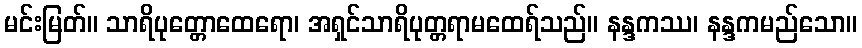
မင်းမြတ်။ သာရိပုတ္တောထေရော၊ အရှင်သာရိပုတ္တရာမထေရ်သည်။ နန္ဒကဿ၊ နန္ဒကမည်သော။